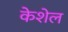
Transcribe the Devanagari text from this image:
केशेल